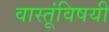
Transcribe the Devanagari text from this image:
वास्तूंविषयी